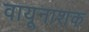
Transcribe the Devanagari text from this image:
वायूनाशक